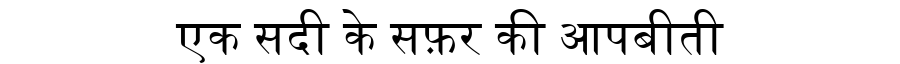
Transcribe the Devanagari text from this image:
एक सदी के सफ़र की आपबीती